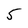
Character: 5